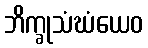
ဘိက္ခုသံဃံယေဝ